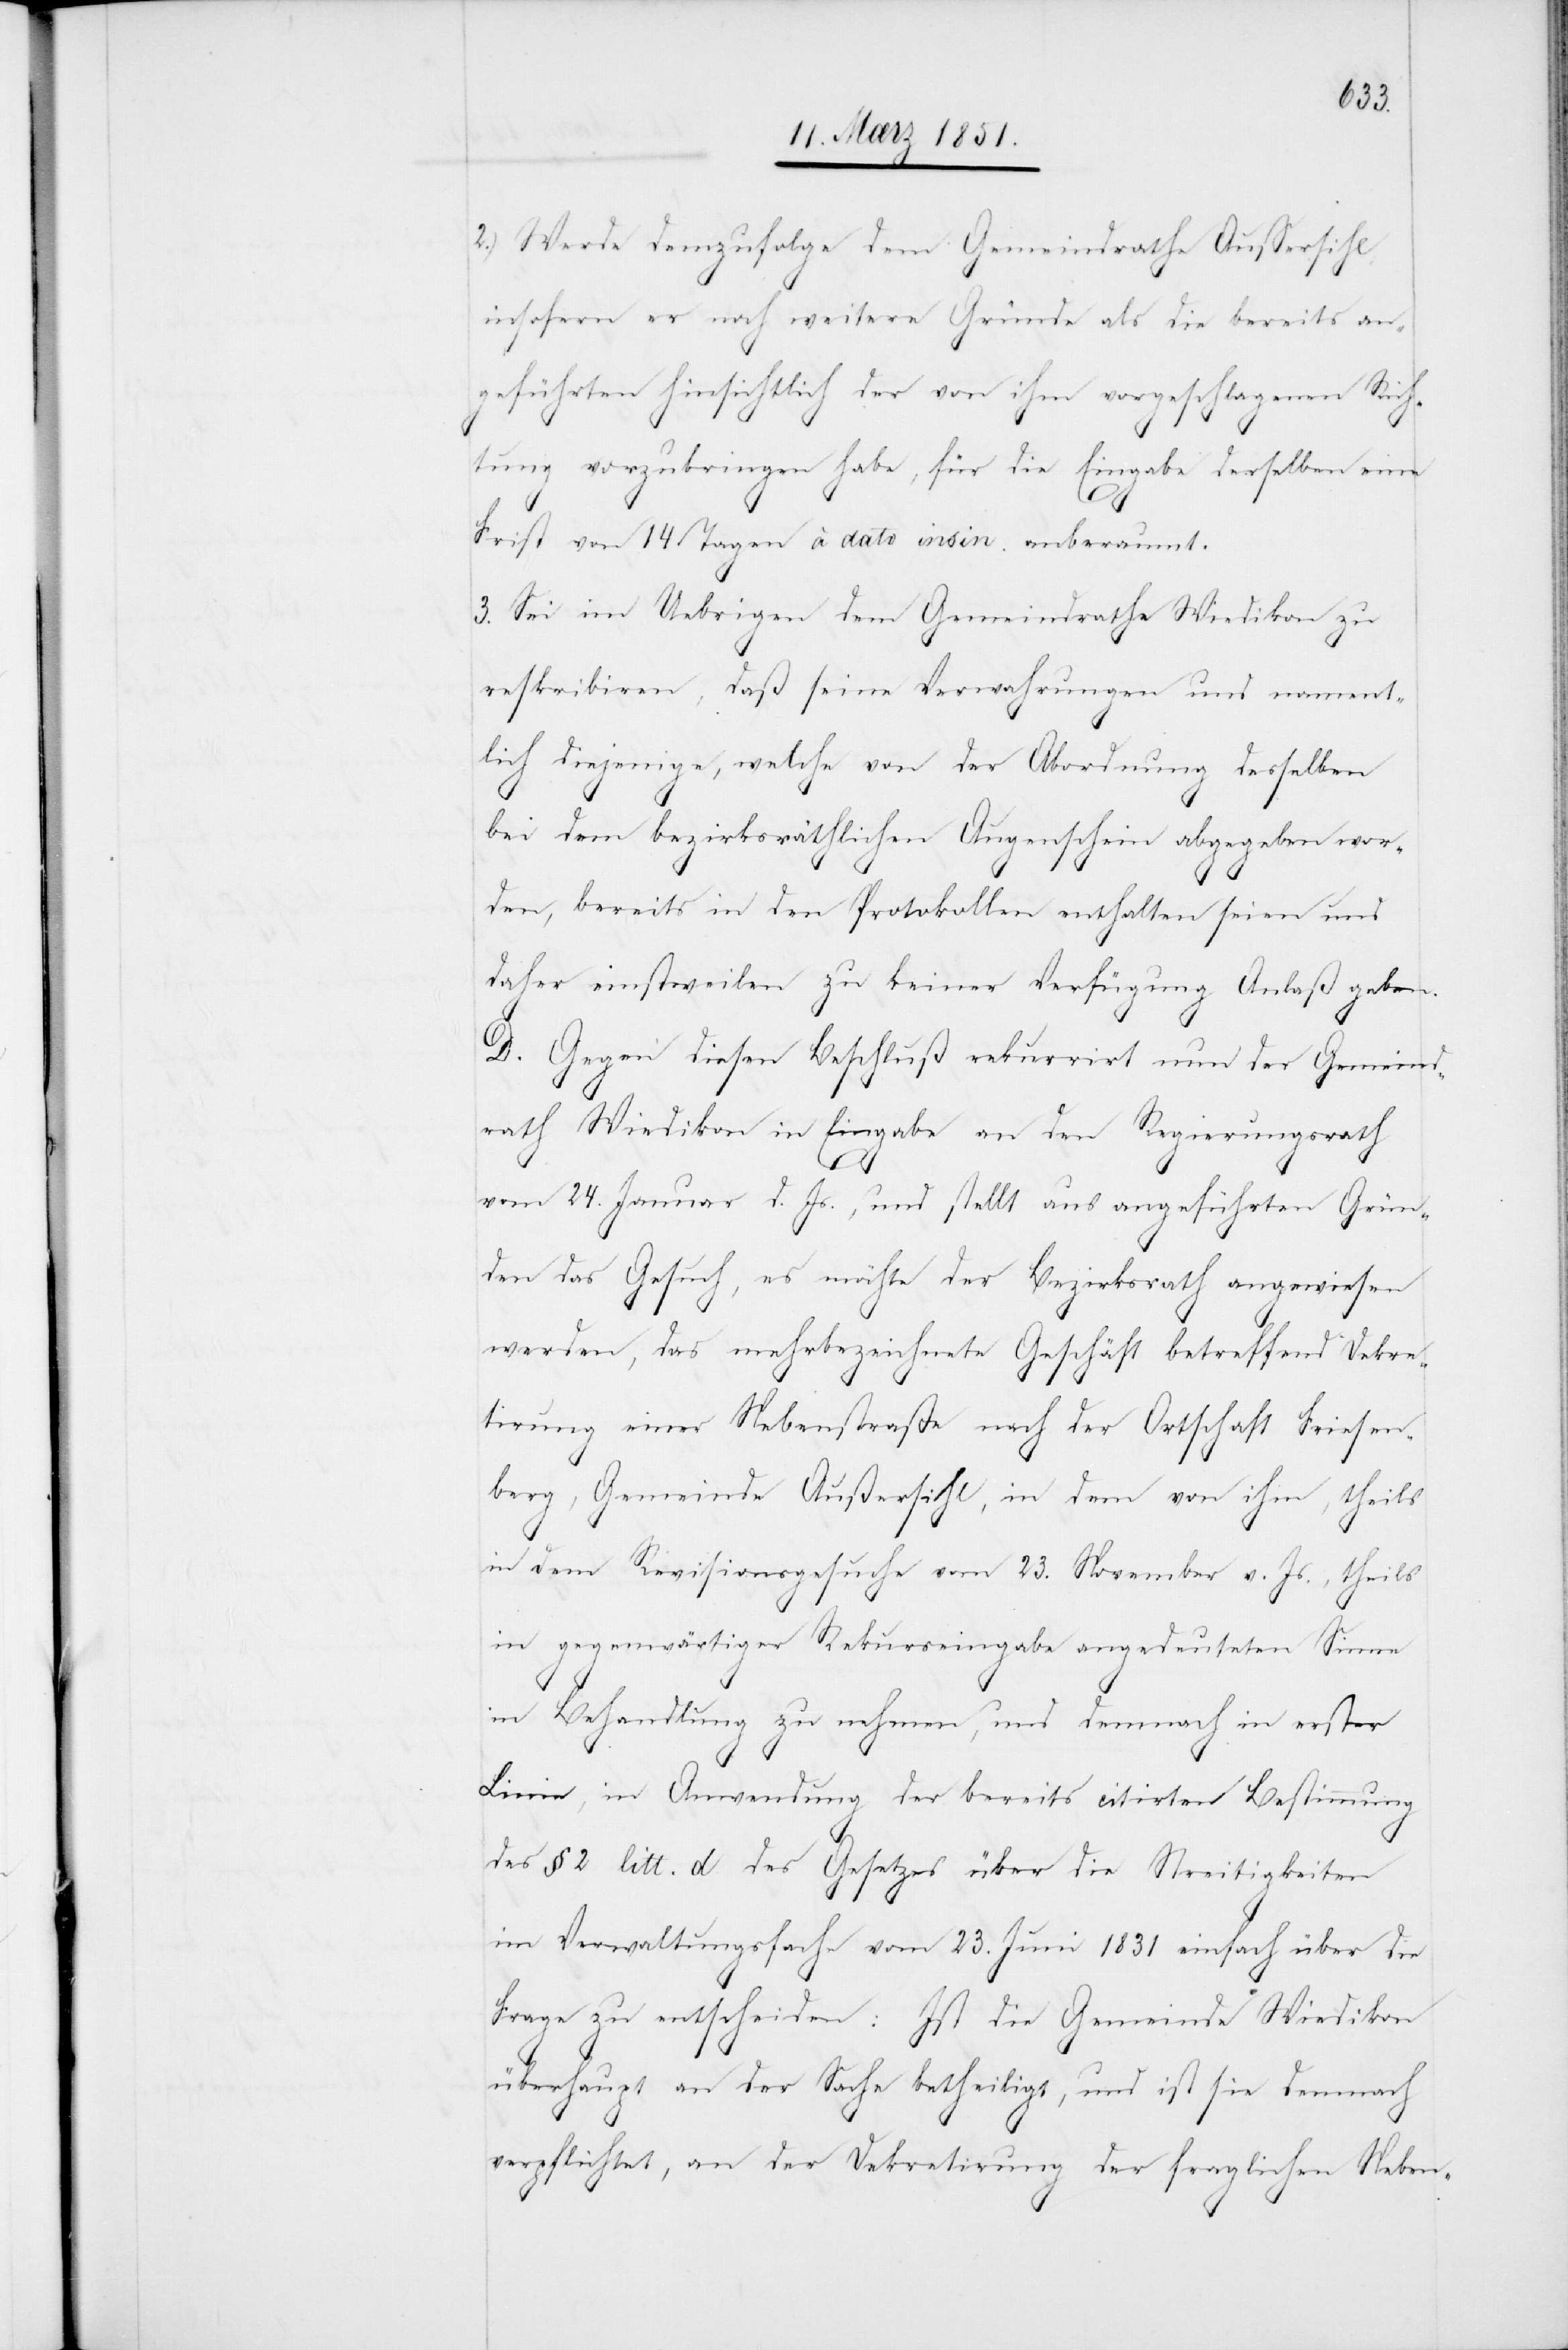
2.) Werde demzufolge dem Gemeindrathe Aussersihl,
insofern er noch weitere Gründe als die bereits an¬
geführten hinsichtlich der von ihm vorgeschlagenen Rich¬
tung vorzubringen habe, für die Eingabe derselben eine
Frist von 14 Tagen à dato insin. anberaumt.
Sei im Uebrigen dem Gemeindrathe Wiedikon zu
reskribiren, daß seine Verwahrungen und nament¬
lich diejenige, welche von der Abordnung desselben
bei dem bezirksräthlichen Augenschein abgegeben wor¬
den, bereits in den Protokollen enthalten seien und
daher einstweilen zu keiner Verfügung Anlaß geben.
D. Gegen diesen Beschluß rekurrirt nun der Gemeind¬
rath Wiedikon in Eingabe an den Regierungsrath
vom 24. Januar d. Js., und stellt aus angeführten Grün¬
den das Gesuch, es möchte der Bezirksrath angewiesen
werden, das mehrbezeichnete Geschäft betreffend Dekre¬
tirung einer Nebenstraße nach der Ortschaft Friesen¬
berg, Gemeinde Außersihl, in dem von ihm, theils
in dem Revisionsgesuche vom 23. November v. Js., theils
in gegenwärtiger Rekurseingabe angedeuteten Sinne
in Behandlung zu nehmen, und demnach in erster
Linie, in Anwendung der bereits citirten Bestimmung
des § 2 litt. d des Gesetzes über die Streitigkeiten
im Verwaltungsfache vom 23. Juni 1831 einfach über die
Frage zu entscheiden: Ist die Gemeinde Wiedikon
überhaupt an der Sache betheiligt, und ist sie demnach
verpflichtet, an der Dekretirung der fraglichen Neben-